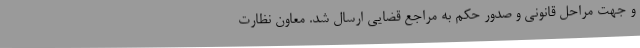
و جهت مراحل قانونی و صدور حکم به مراجع قضایی ارسال شد. معاون نظارت